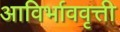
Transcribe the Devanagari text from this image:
आविर्भाववृत्ती